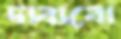
দাবাবো